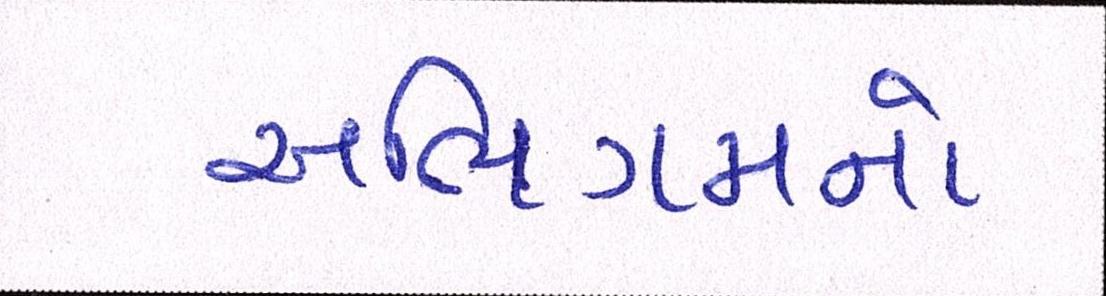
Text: અભિગમનો